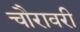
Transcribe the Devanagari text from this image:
चौरावरी